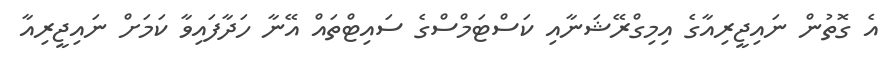
އެ ގޮތުން ނައިޖީރިއާގެ އިމިގްރޭޝަނާއި ކަސްޓަމްސްގެ ސައިޓްތައް އޭނާ ހަދާފައިވާ ކަމަށް ނައިޖީރިއާ